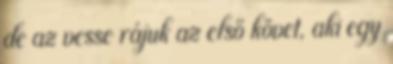
de az vesse rájuk az első követ, aki egy